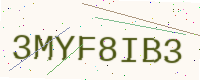
Text: 3MYF8IB3